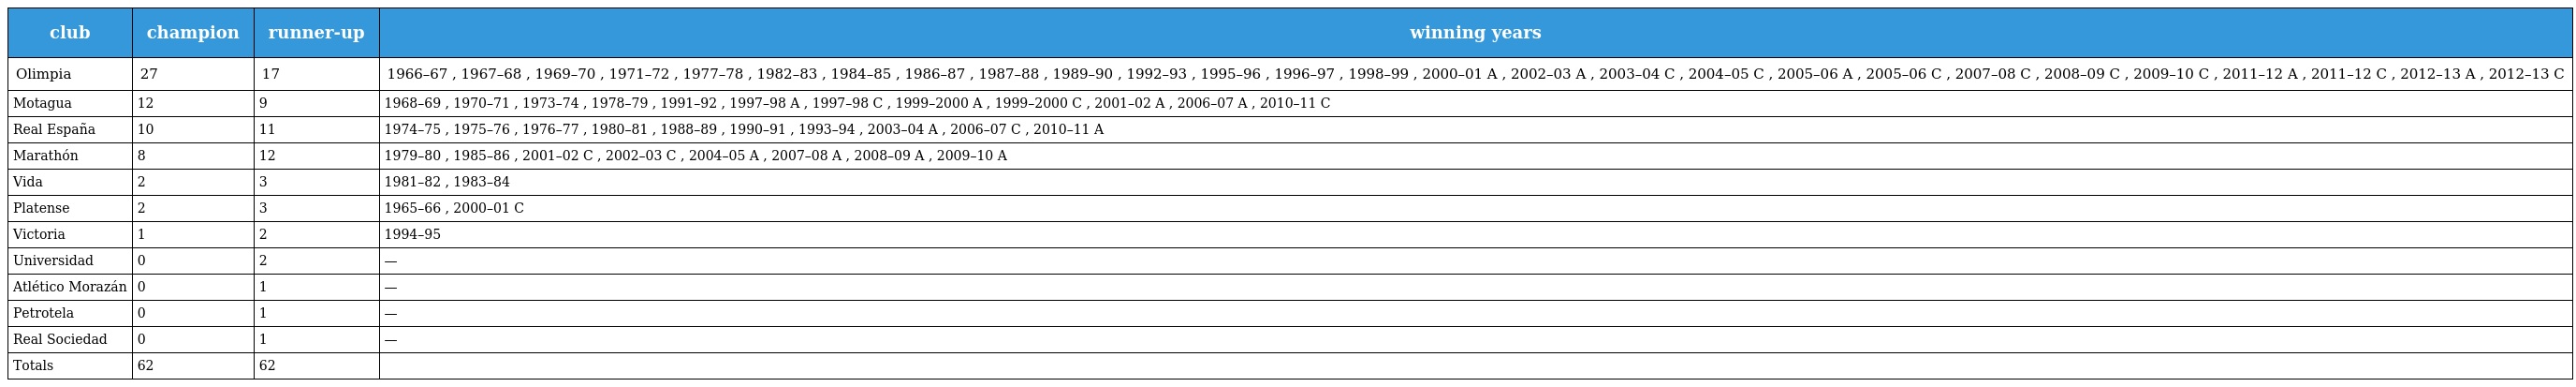
| club | champion | runner-up | winning years |
 | --- | --- | --- | --- |
 | Olimpia | 27 | 17 | 1966–67 , 1967–68 , 1969–70 , 1971–72 , 1977–78 , 1982–83 , 1984–85 , 1986–87 , 1987–88 , 1989–90 , 1992–93 , 1995–96 , 1996–97 , 1998–99 , 2000–01 A , 2002–03 A , 2003–04 C , 2004–05 C , 2005–06 A , 2005–06 C , 2007–08 C , 2008–09 C , 2009–10 C , 2011–12 A , 2011–12 C , 2012–13 A , 2012–13 C |
 | Motagua | 12 | 9 | 1968–69 , 1970–71 , 1973–74 , 1978–79 , 1991–92 , 1997–98 A , 1997–98 C , 1999–2000 A , 1999–2000 C , 2001–02 A , 2006–07 A , 2010–11 C |
 | Real España | 10 | 11 | 1974–75 , 1975–76 , 1976–77 , 1980–81 , 1988–89 , 1990–91 , 1993–94 , 2003–04 A , 2006–07 C , 2010–11 A |
 | Marathón | 8 | 12 | 1979–80 , 1985–86 , 2001–02 C , 2002–03 C , 2004–05 A , 2007–08 A , 2008–09 A , 2009–10 A |
 | Vida | 2 | 3 | 1981–82 , 1983–84 |
 | Platense | 2 | 3 | 1965–66 , 2000–01 C |
 | Victoria | 1 | 2 | 1994–95 |
 | Universidad | 0 | 2 | — |
 | Atlético Morazán | 0 | 1 | — |
 | Petrotela | 0 | 1 | — |
 | Real Sociedad | 0 | 1 | — |
 | Totals | 62 | 62 |  |